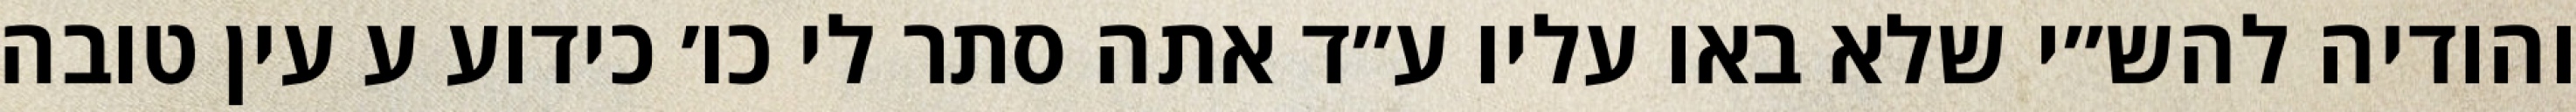
והודיה להש״י שלא באו עליו ע״ד אתה סתר לי כו׳ כידוע ע עין טובה